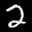
Label: 2